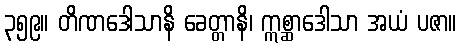
၃၅၉။ တိဏဒေါသာနိ ခေတ္တာနိ၊ ဣစ္ဆာဒေါသာ အယံ ပဇာ။